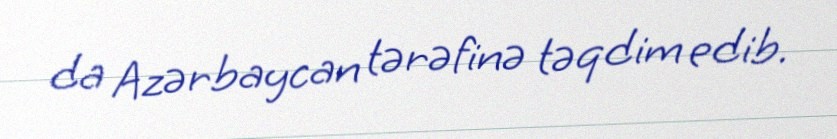
da Azərbaycan tərəfinə təqdim edib.